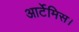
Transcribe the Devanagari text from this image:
आर्टेमिस।